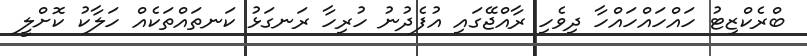
ބްރެކްޒިޓު ހައްހައްހައްހާ ދިވެހި ރާއްޖޭގައި އުފެދުނު ހުރިހާ ރަނގަޅު ކަނތައްތަކެއް ހަލާކު ކޮށްލީ